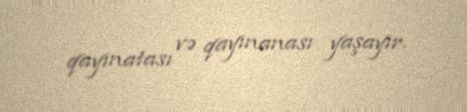
qayınatası və qayınanası yaşayır.